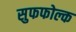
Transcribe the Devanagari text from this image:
सुफफोल्क